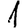
Digit: 1